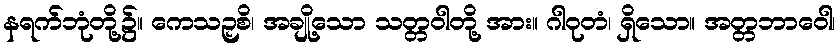
နရက်ဘုံတို့၌။ ကေသဉှစိ၊ အချို့သော သတ္တဝါတို့ အား။ ဂါဝုတံ၊ ရှိသော။ အတ္တဘာဝေါ၊